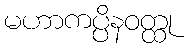
မဟာကပ္ပိနဝတ္ထု